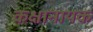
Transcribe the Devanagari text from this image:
कक्षानायक